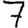
Digit: 7